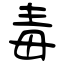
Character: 毒